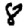
Digit: 8